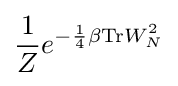
{\frac {1}{Z}}e^{-{\frac {1}{4}}\beta \mathrm {Tr} W_{N}^{2}}